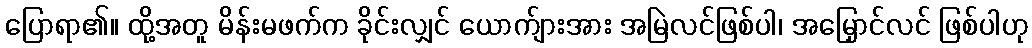
ပြောရာ၏။ ထို့အတူ မိန်းမဖက်က ခိုင်းလျှင် ယောက်ျားအား အမြဲလင်ဖြစ်ပါ၊ အမြှောင်လင် ဖြစ်ပါဟု